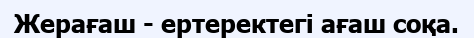
Жерағаш - ертеректегі ағаш соқа.